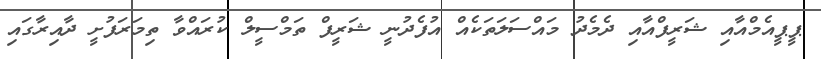
ޕީޕީއެމްއާއި ޝަރީފްއާއި ދެމެދު މައްސަލަތަކެއް އުފެދުނީ ޝަރީފް ތަމްސީލް ކުރައްވާ ތިމަރަފުށީ ދާއިރާގައި